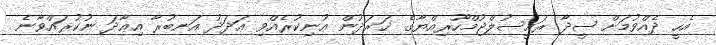
އެހީ ދެއްވުމަށް ސީދާ ރައީސުލްޖުމްހޫރިއްޔާގެ ޚަރަދުން އުނިކުރެއްވި ޢަދަދު އަނބުރާ އިޢާދަ ނުކުރައްވާނެ